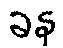
ခန